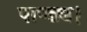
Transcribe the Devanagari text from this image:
पाण्ड्य।